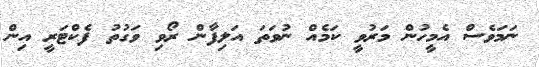
ނަމަވެސް އެމީހުން މަރުވީ ކަމެއް ނުވަތަ އަލިފާން ރޯވި ވަގުތު ފެކްޓަރީ އިން